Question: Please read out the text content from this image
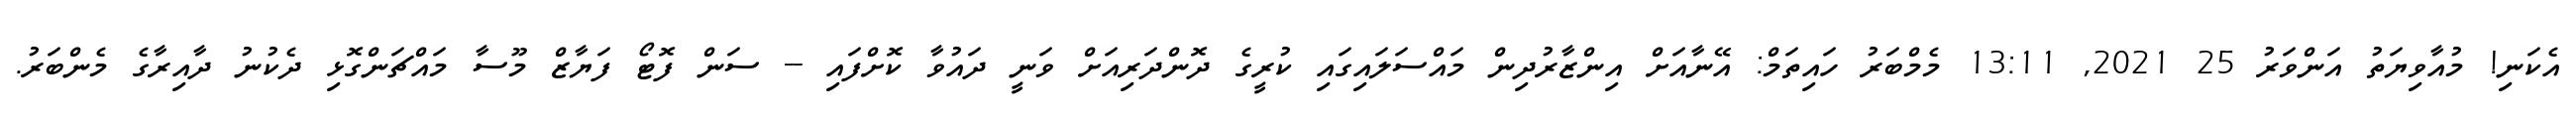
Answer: އެކަނި! މުއާވިޔަތު އަންވަރު 25 2021, 13:11 މެމްބަރު ހައިތަމް: އޭނާއަށް އިންޒާރުދިން މައްސަލައިގައި ކުރީގެ ދޮންދަރިއަށް ވަނީ ދައުވާ ކޮށްފައި -- ސަން ފޮޓޯ ފަޔާޒް މޫސާ މައްޗަންގޮޅި ދެކުނު ދާއިރާގެ މެންބަރު.